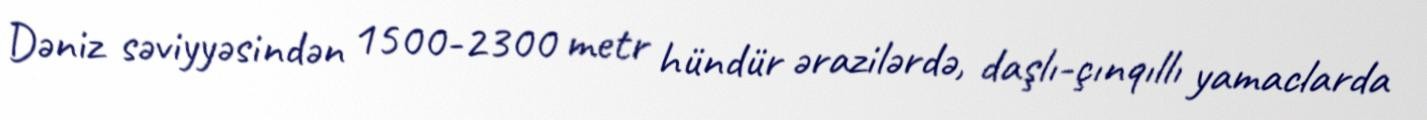
Dəniz səviyyəsindən 1500-2300 metr hündür ərazilərdə, daşlı-çınqıllı yamaclarda